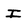
Character: I